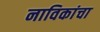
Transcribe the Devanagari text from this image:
नाविकांचा